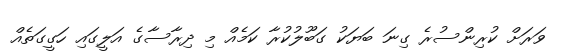
ވަރަށް ކުރިންސުރެ ގިނަ ބަޔަކު ގަބޫލުކުރާ ކަމެއް މި ދިރާސާގެ އަލީގައި ހަގީގަތެއް